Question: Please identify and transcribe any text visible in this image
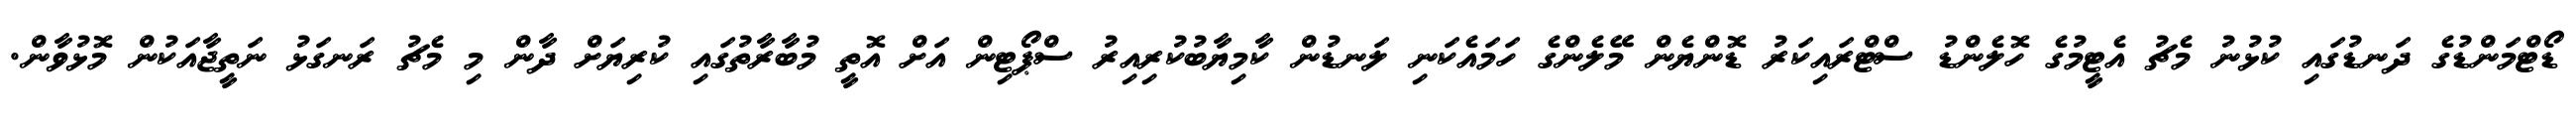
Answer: ޑޯޓްމަންޑުގެ ދަނޑުގައި ކުޅުނު މެޗު އެޓީމުގެ ހޮލެންޑު ސްޓްރައިކަރު ޑޮންޔެން މޭލެންގެ ހަމައެކަނި ލަނޑުން ކާމިޔާބުކުރިއިރު ސްޕޯޓިން އަށް އޮތީ މުބާރާތުގައި ކުރިޔަށް ދާން މި މެޗު ރަނގަޅު ނަތީޖާއަކުން މޮޅުވާން.